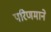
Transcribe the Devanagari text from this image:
परिणमाने